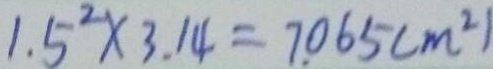
1 . 5 ^ { 2 } \times 3 . 1 4 = 7 . 0 6 5 ( m ^ { 2 } )